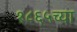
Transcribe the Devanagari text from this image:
१८६५च्या